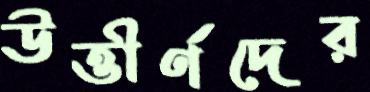
উত্তীর্ণদের